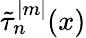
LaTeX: \tilde{\tau}_{n}^{|m|}(x)